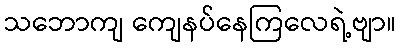
သဘောကျ ကျေနပ်နေကြလေရဲ့ဗျာ။